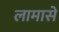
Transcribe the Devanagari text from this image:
लामासे